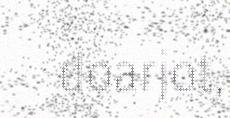
doarjot,